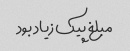
مبلغ پیک زیاد بود